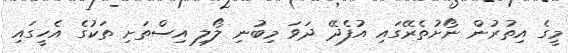
މީގެ އިތުރުން ނޯށުތެރޭގައި އުފެދޭ ދަވަ މިބުނި ލޯލި އިސްތަށި ތަކުގެ އެހީގައި